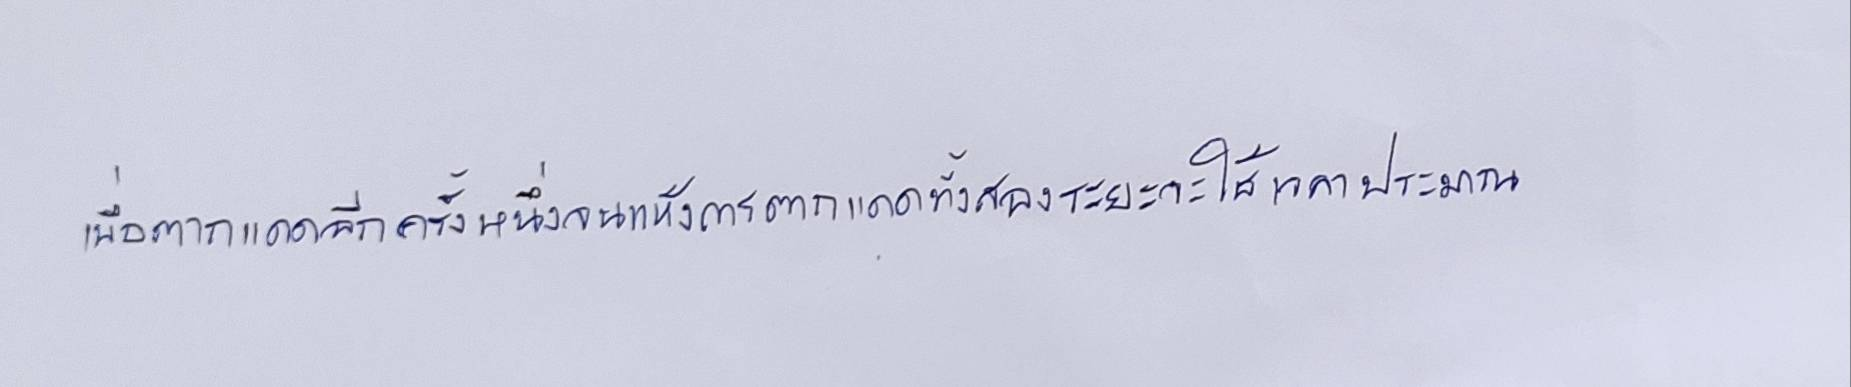
เพื่อตากแดดอีกครั้งหนึ่งจนแห้งการตากแดดทั้งสองระยะจะใช้เวลาประมาณ